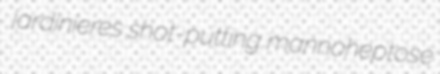
jardinieres shot-putting mannoheptose